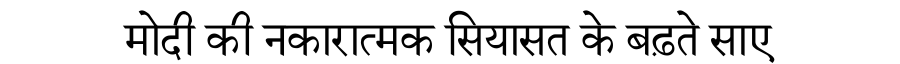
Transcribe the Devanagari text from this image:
मोदी की नकारात्मक सियासत के बढ़ते साए